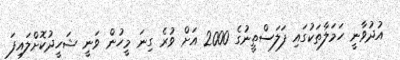
އުދުވާނީ ހަމަލާތަކުގައި ފަލަސްތީނުގެ 2000 އަށް ވުރެ ގިނަ މީހުން ވަނީ ޝަހީދުކޮށްލައިފަ